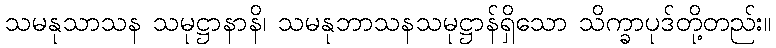
သမနုသာသန သမုဋ္ဌာနာနိ၊ သမနုဘာသနသမုဋ္ဌာန်ရှိသော သိက္ခာပုဒ်တို့တည်း။